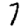
Digit: 7